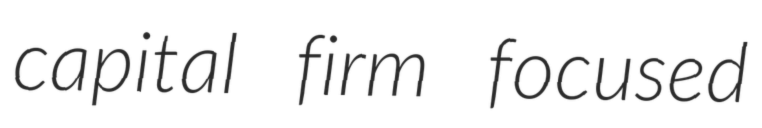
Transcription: capital firm focused